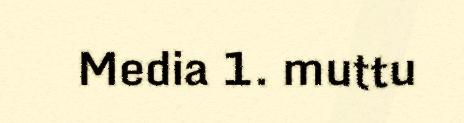
Media 1. muttu